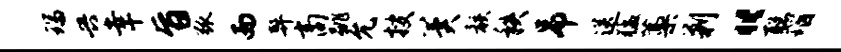
瑞兴幸旨弧而弊商跳允搜冀骸秩吊送猛藁剿“聪瑙